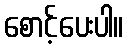
စောင့်ပေးပါ။